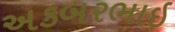
અકબરભાઇ